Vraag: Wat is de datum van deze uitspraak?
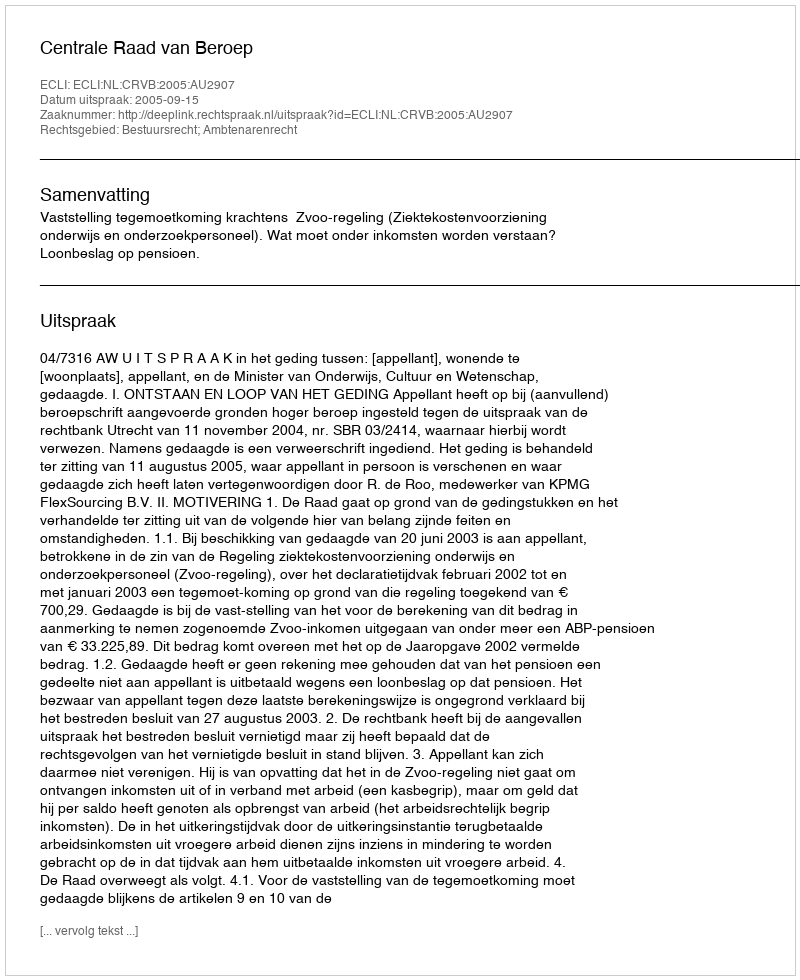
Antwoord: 2005-09-15